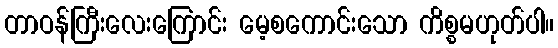
တာဝန်ကြီးလေးကြောင်း မေ့စကောင်းသော ကိစ္စမဟုတ်ပါ။